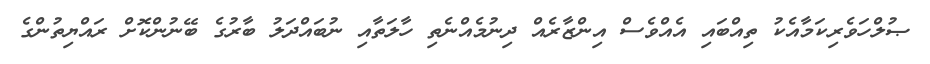
ޞުލްހަވެރިކަމާއެކު ތިއްބައި އެއްވެސް އިންޒާރެއް ދިނުމެއްނެތި ހާލަތާއި ނުބައްދަލު ބާރުގެ ބޭނުންކޮށް ރައްޔިތުންގެ